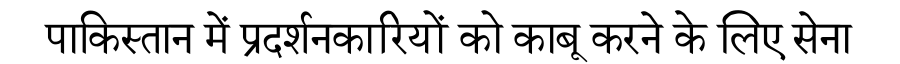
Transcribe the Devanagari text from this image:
पाकिस्तान में प्रदर्शनकारियों को काबू करने के लिए सेना